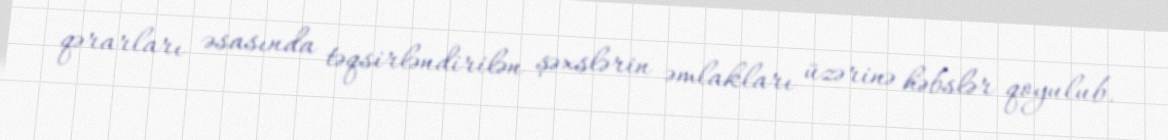
qərarları əsasında təqsirləndirilən şəxslərin əmlakları üzərinə həbslər qoyulub.